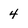
Character: 4